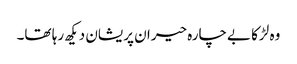
وہ لڑکا بےچارہ حیران پریشان دیکھ رہا تھا۔